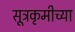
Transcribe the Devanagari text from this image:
सूत्रकृमीच्या